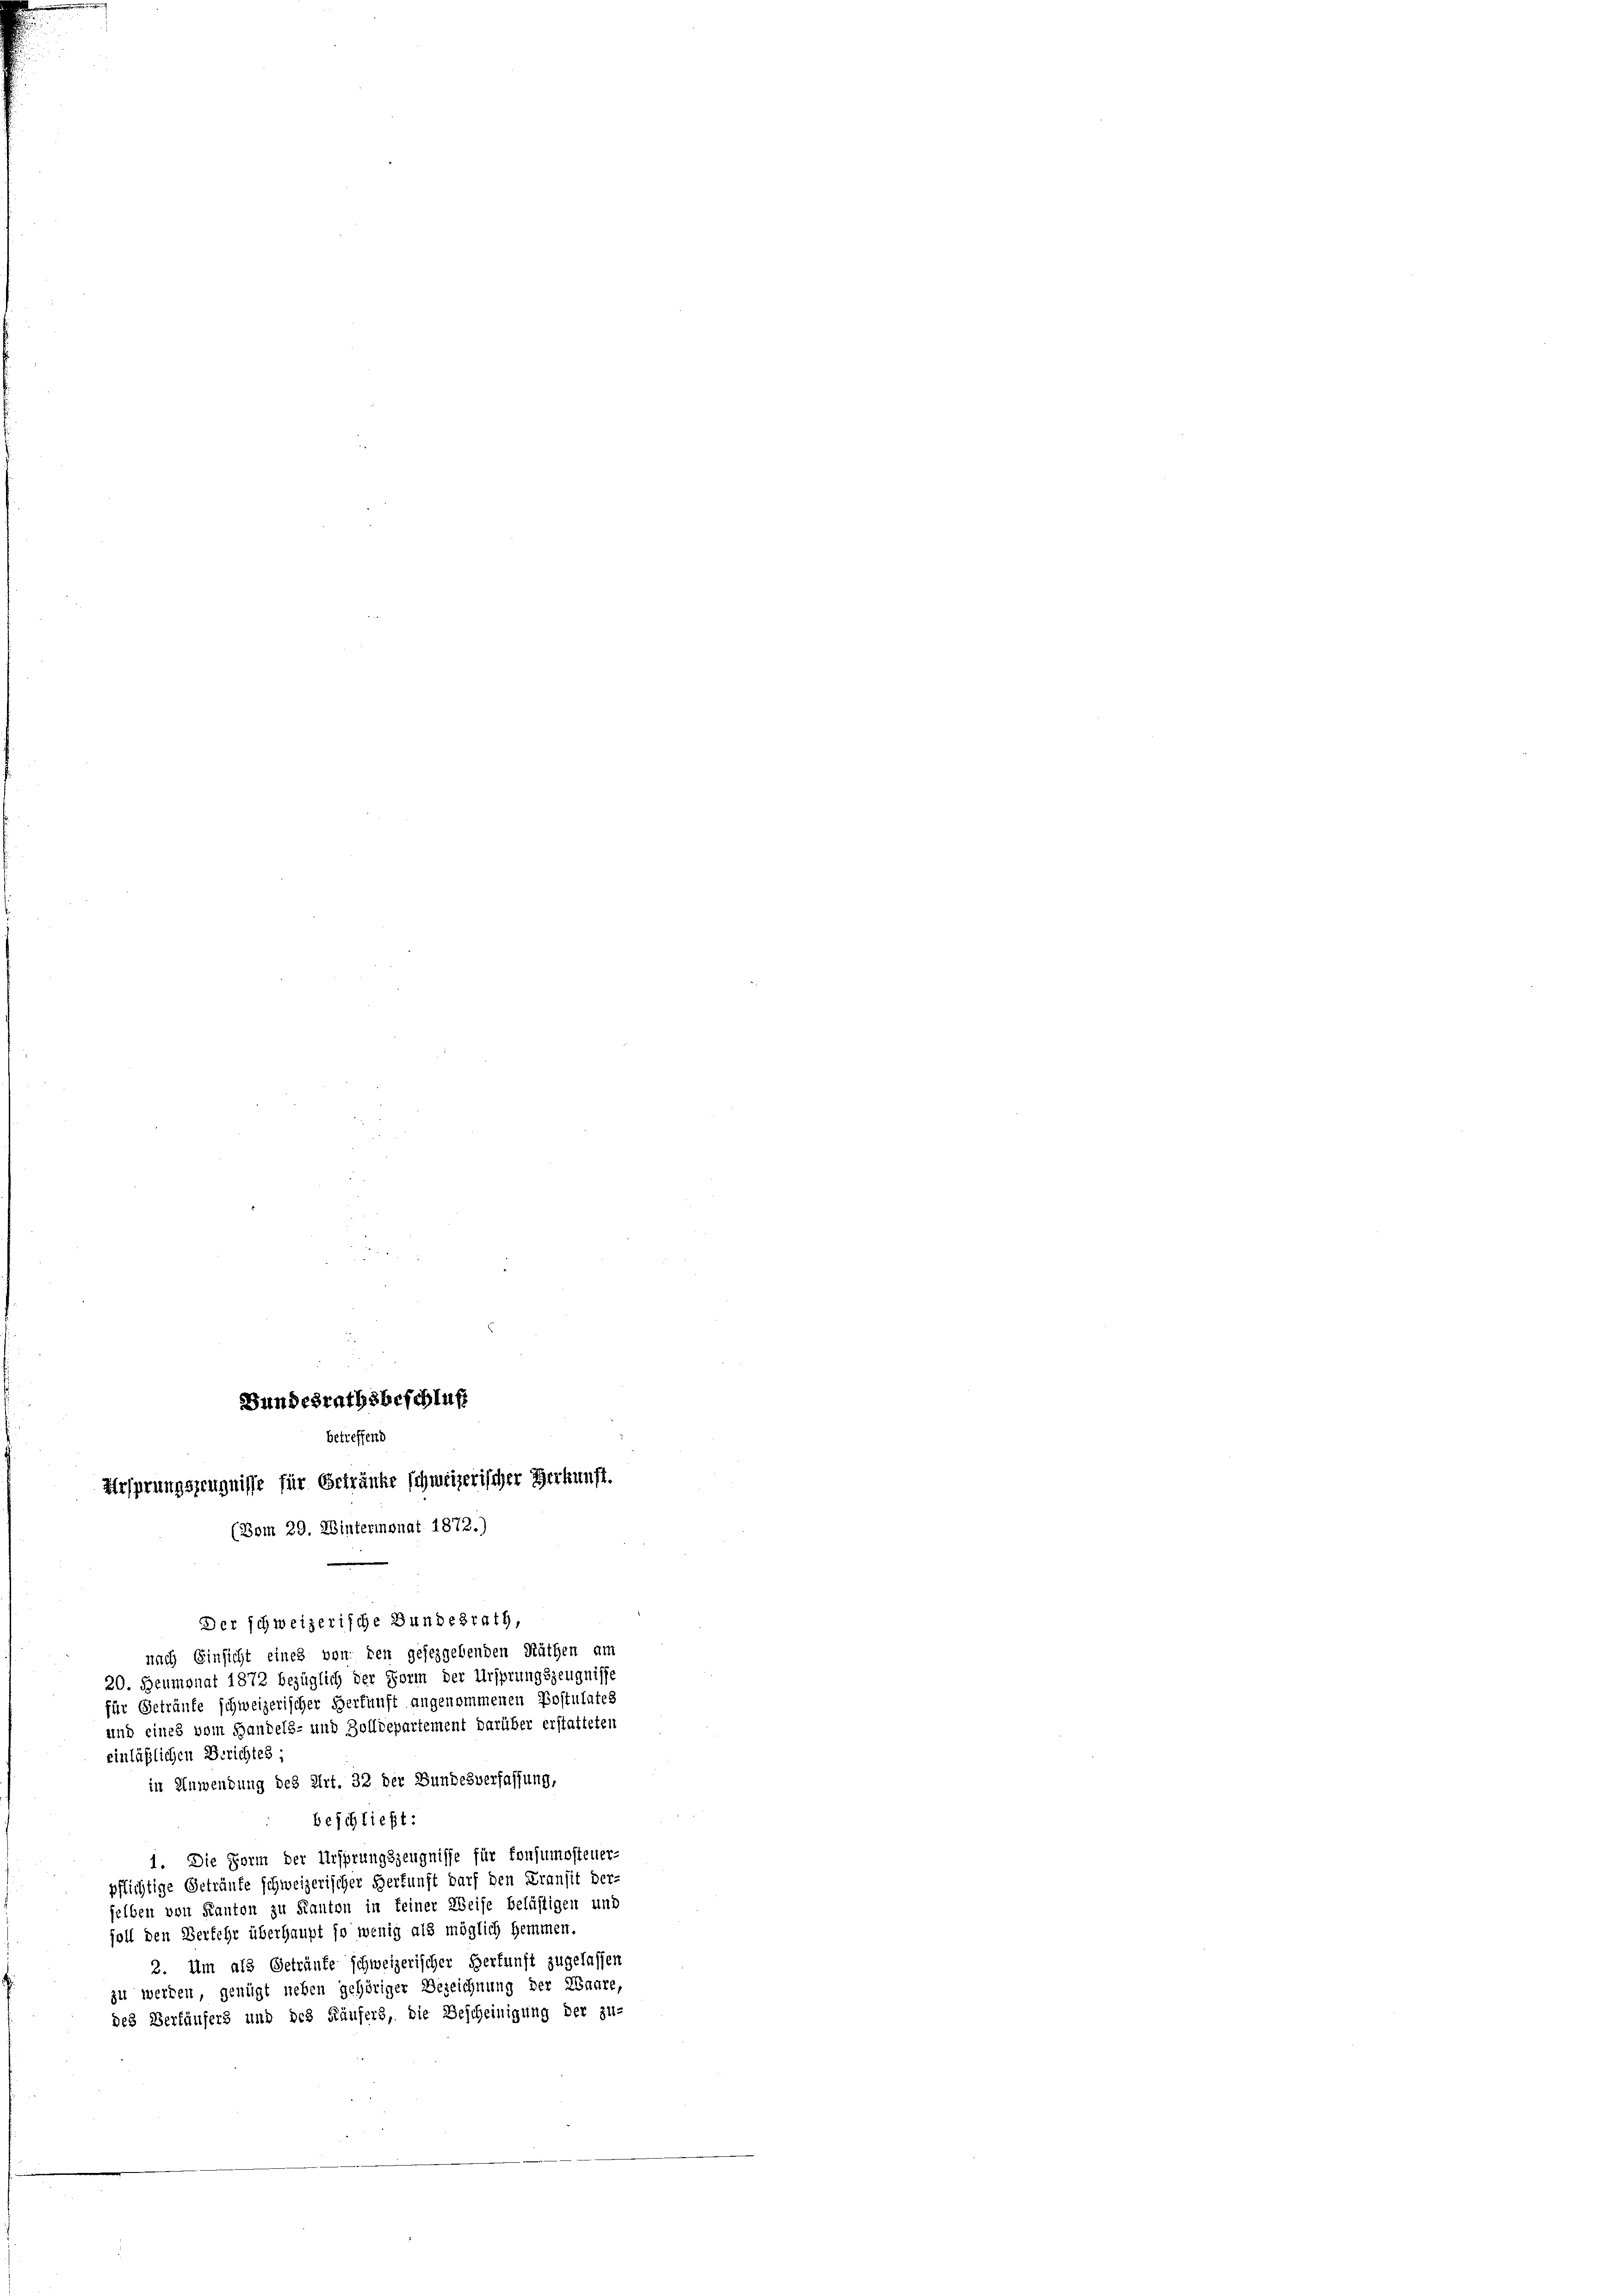
Bundesrathsbeschluß
betreffend
Ursprungszeugnisse für Getränke schweizerischer Herkunft.
(Vom 29. Wintermonat 1872.)

Der schweizerische Bundesrath,
nach Einsicht eines von den gesezgebenden Räthen am
20. Heumonat 1872 bezüglich der Form der Ursprungszeugnisse
für Geträufe schweizerischer Herkunft angenommenen Postulates
und eines vom Handels- und Zolldepartement darüber erstatteten
einläßlichen Berichtes;
in Anwendung des Art. 32 der Bundesverfassung,
beschließt:
1. Die Form der Ursprungszeugnisse für Konsumosteuer-
pflichtige Geträufe schweizerischer Herkunft darf den Transit der
elben von Kanton zu Kanton in keiner Weise belästigen und
foll den Verfehr überhaupt so wenig als möglich hemmen.
2. Um als Geträufe schweizerischer Herkunft zugelassen
zu werden, genügt neben gehöriger Bezeichnung der Waare,
des Verhäusers und des Käufers, die Bescheinigung der zu-